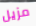
مزيل